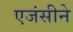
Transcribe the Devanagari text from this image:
एजंसीने